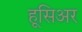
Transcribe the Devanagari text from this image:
हूसिअर